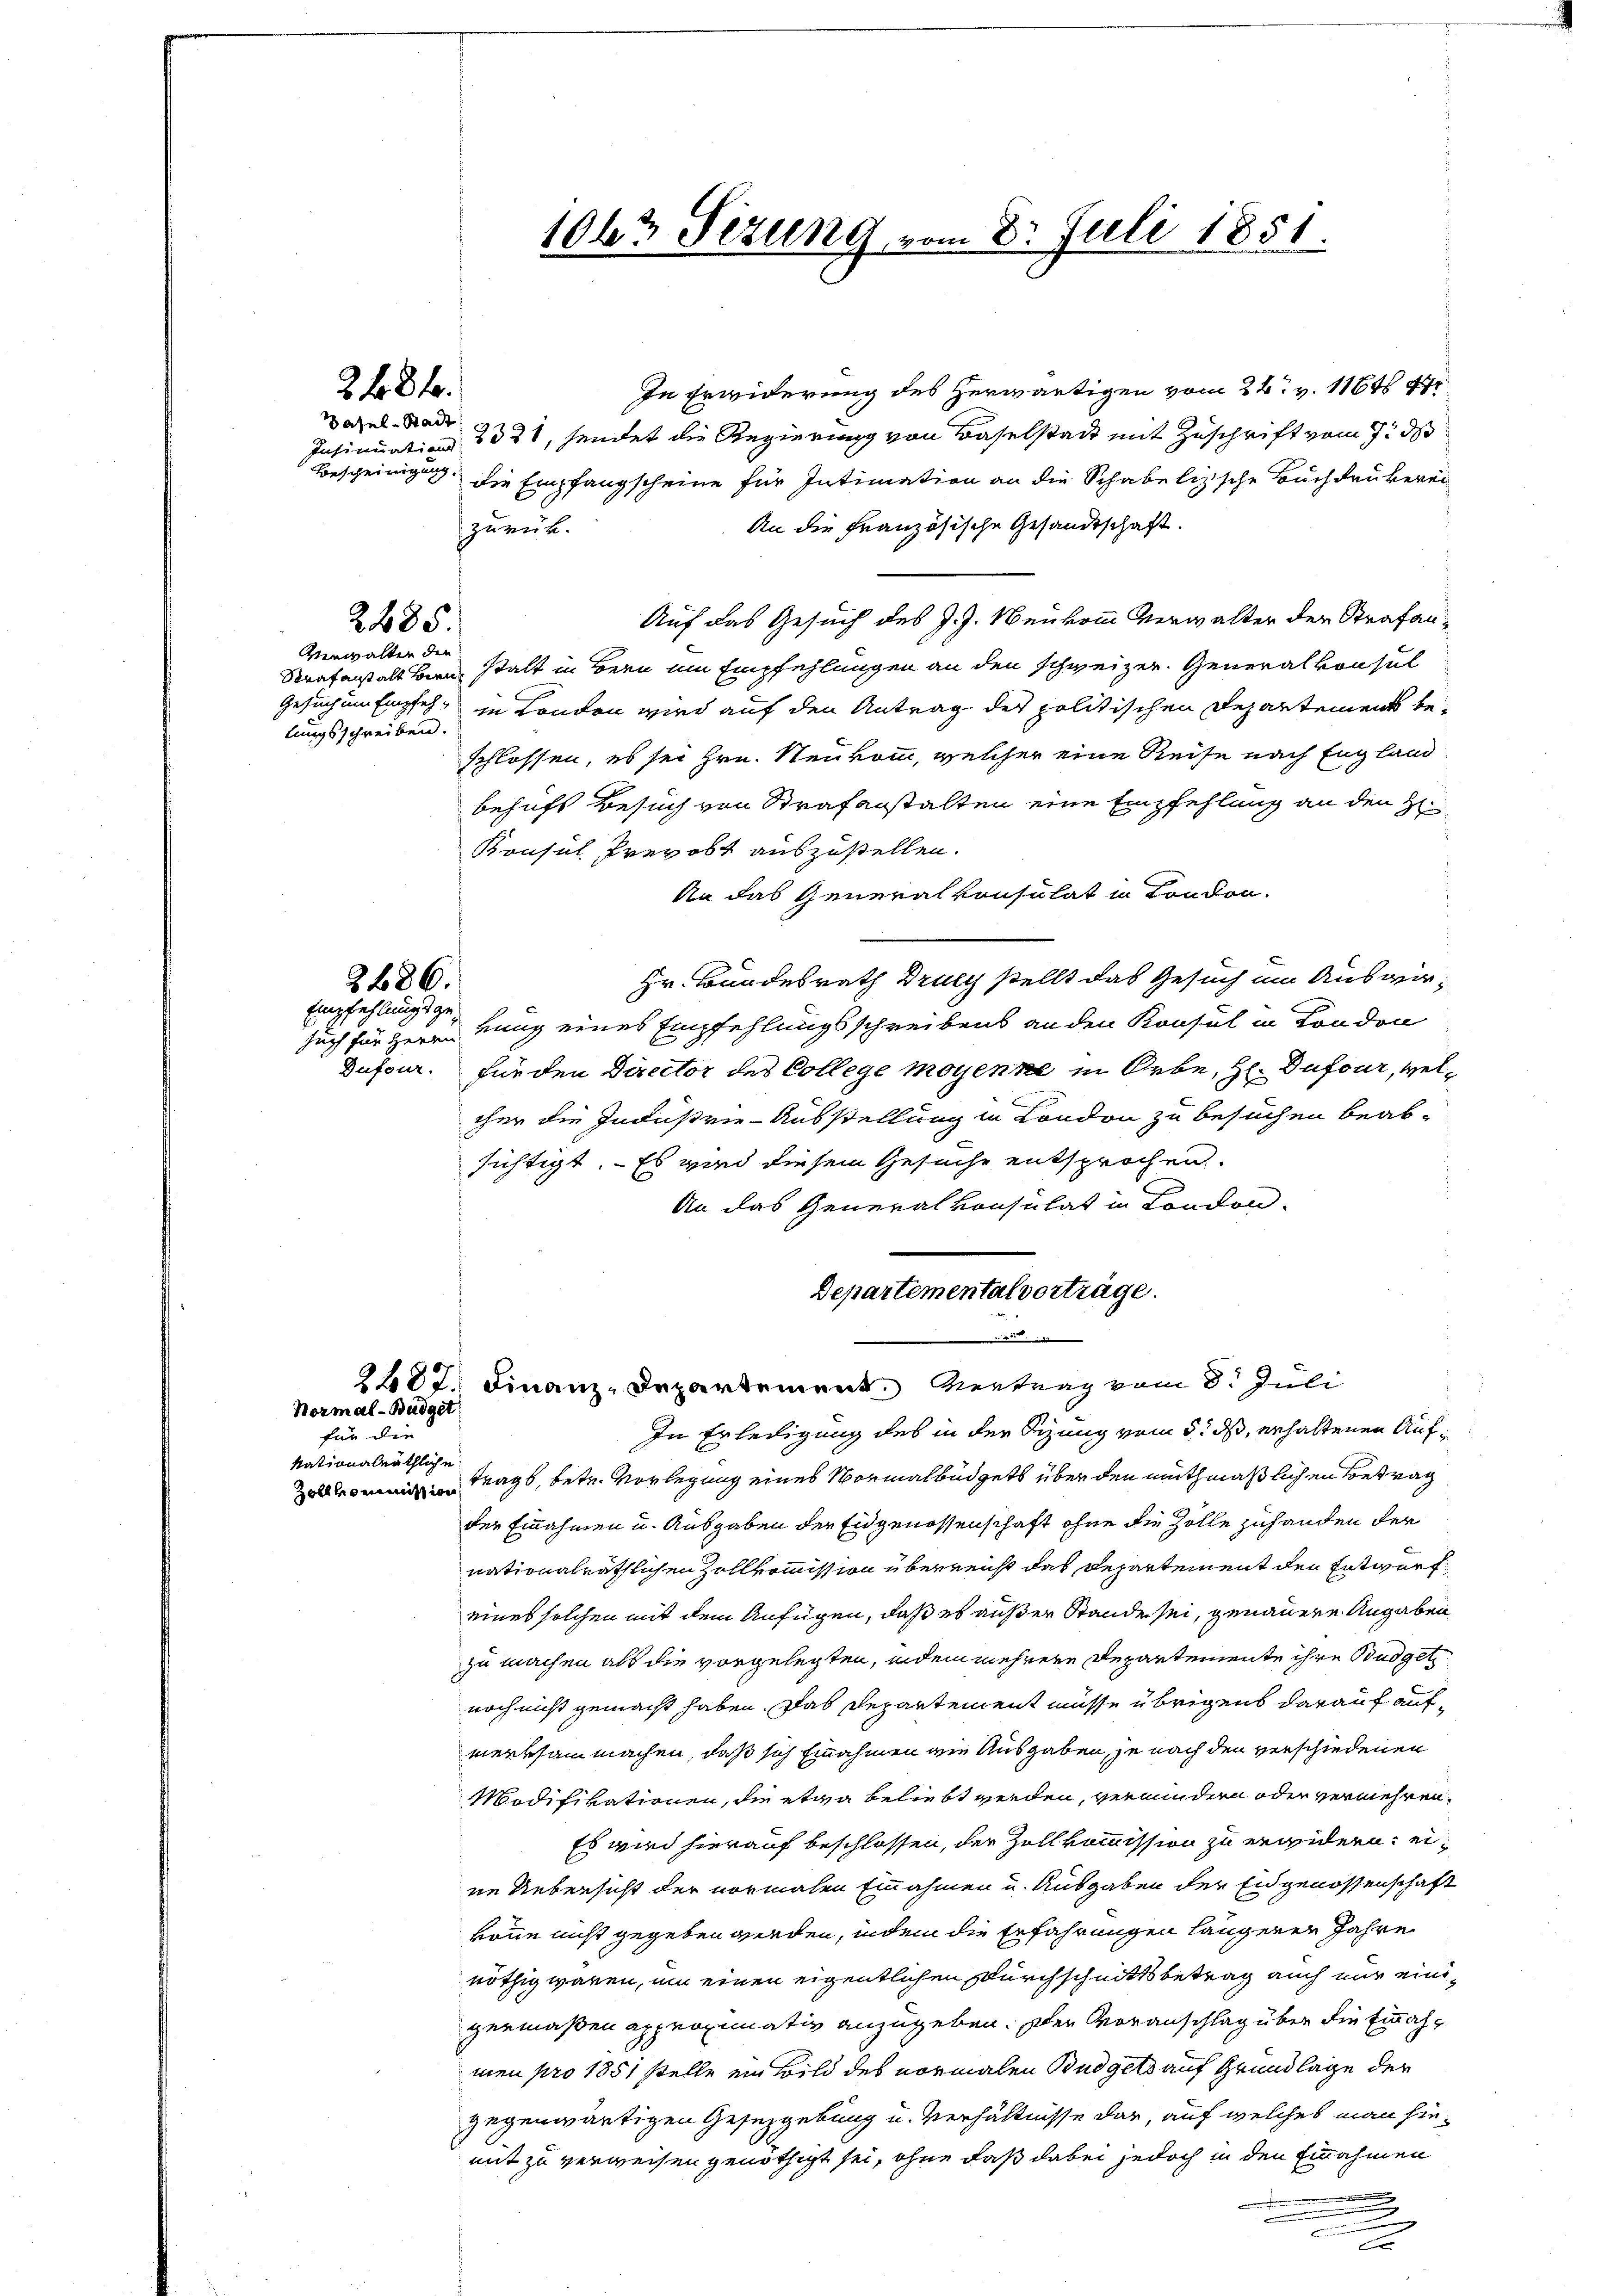
248 f.

asel-Stadt
Insinuations-

Verwalten die
lungsschreiben.

Dufour.

2485.

2486.
Empfehlungsge¬

An die Französische Gesandtschaft.
zurück.
Auf das Gesuch des J. J. Neukomm Verwalter der Strafan¬
Strafanstalt Bern, stalt in Bern um Empfehlungen an den schweizer. Generalkonsul
Gesuch um Empfeh, in London wird auf den Antrag der politischen Departements beschlossen, es sei Hrn. Neukomm, welcher eine Reise nach England
behufs Besuch von Strafanstalten eine Empfehlung an den H
Konsul Prevost auszustellen.
An das Generalkonsulat in London.
Hr. Bundesrath Drucy stellt das Gesuch um Auswirsuch für Herrn Lung eines Empfehlungsschreibens an den Konsul in London
für den Director des College moyenne in Orbe, H. Dufour, welcher die Industrie-Ausstellung in London zu besuchen beabsichtigt. Es wird diesem Gesuche entsprochen.
An das Generalkonsulat in London.
Departemental vorträge.
2482. Finanz-Departement. Vertrag vom 8. Juli
In Erledigung des in der Sitzung vom 5. ds, erhaltenen Auf¬
Mag, betr. Vorlegung eines Vormalbüdgets über den muthmaßlichen Betrag
der Einnahmen u. Ausgaben der Eidgenossenschaft ohne die Zolle zuhanden der
nationalräthlichen Zollkommission überreicht das Departement den Entwurf,
eines solchen mit dem Anfügen, daß es außer Stande sei, genauere Angaben
zu machen als die vorgelegten, indem mehrere Departemente ihre Budget
noch nicht gemacht haben. Das Departement müsse übrigens darauf aufmerksam machen, daß sich Einnahmen wie Ausgaben, je nach den verschiedenen
Modifikationen, die etwa beliebt werden, vermindern oder vermehren.
Es wird hierauf beschlossen, der Zollkommission zu erwidern: eine Uebersicht der vormalen Einnahmen u. Ausgaben der Eidgenossenschaft
könne nicht gegeben werden, indem die Erfahrungen langenen Jahre
nöthig wären, um einen eigentlichen Durchschnittsbetrag auch nur einigermaßen approximativ anzugeben. Der Voranschlag über die Einmahmen pro 1851 stelle ein Bild des vormalen Budgeld auf Grundlage der
gegenwärtigen Gesetzgebung u. Verhältnisse dar, auf welches man hiemit zu verweisen genöthigt sei, ohne daß dabei jedoch in den Einnahmen

Normal-Büdget

für die
kationalräthliche

1063 Sizung, vom 8. Juli 1851.

In Erwiderung des herwärtigen vom 26. v. 116t 47
2331, sendet die Regierung von Baselstadt mit Zuschrift vom 7. ds
Bescheinigung die Empfangscheine für Intimation an die Schablizische Buchdrukerei

2